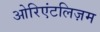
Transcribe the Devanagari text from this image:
ओरिएंटलिज़म